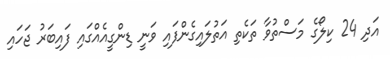
އަދި 24 ކިލޯގެ މަސްތުވާ ތަކެތި އަތުލައިގެންފައި ވަނީ ޑިންގީއެއްގައި ފައިބަރު ޖަހައި